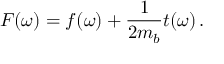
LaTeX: F ( \omega ) = f ( \omega ) + { \frac { 1 } { 2 m _ { b } } } t ( \omega ) \, .